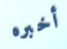
أخبره